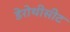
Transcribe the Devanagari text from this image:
डेरोथीसीट